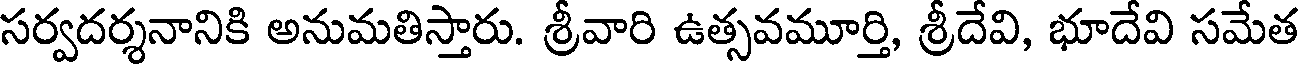
సర్వదర్శనానికి అనుమతిస్తారు. శ్రీవారి ఉత్సవమూర్తి, శ్రీదేవి, భూదేవి సమేత